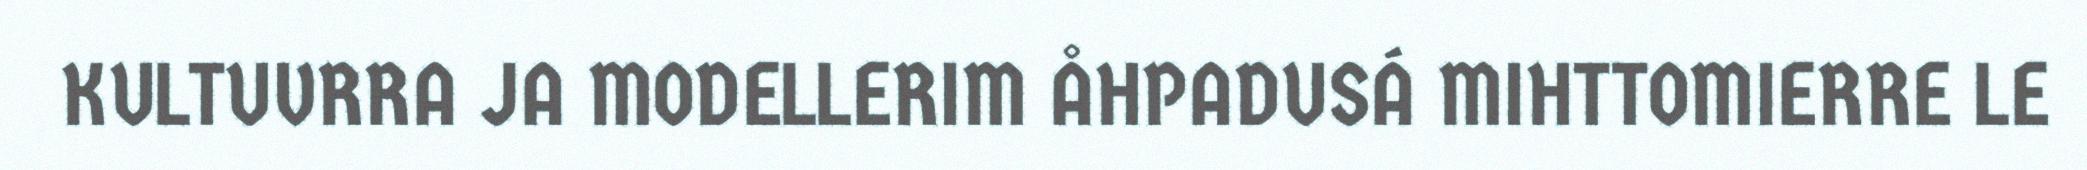
KULTUVRRA JA MODELLERIM ÅHPADUSÁ MIHTTOMIERRE LE